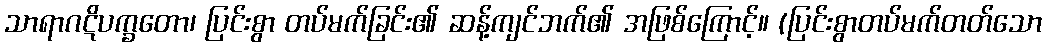
သာရာဂဋိပက္ခတော၊ ပြင်းစွာ တပ်မက်ခြင်း၏ ဆန့်ကျင်ဘက်၏ အဖြစ်ကြောင့်။ (ပြင်းစွာတပ်မက်တတ်သော